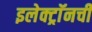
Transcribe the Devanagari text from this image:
इलेक्ट्राॅनची